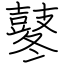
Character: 鼕